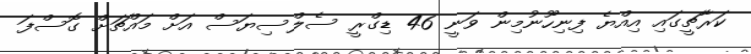
ކަރާޗީގައި އިއްޔެ ފިނިހޫނުމިން ވަނީ 46 ޑިގްރީ ސެލްސިޔަސް އަށް މައްޗަށް ގޮސްފަ